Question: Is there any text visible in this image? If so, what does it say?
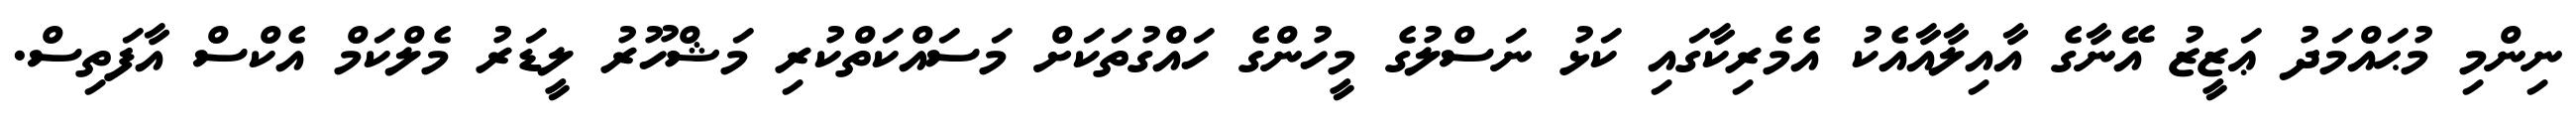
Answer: ނިންމި މުޙައްމަދު ޢަޒީޒު އޭނާގެ އާއިލާއާއެކު އެމެރިކާގައި ކަޅު ނަސްލުގެ މީހުންގެ ހައްގުތަކަށް މަސައްކަތްކުރި މަޝްހޫރު ލީޑަރު މެލްކަމް އެކްސް އާފަތިސް.